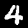
Label: 4